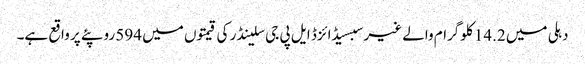
دہلی میں 14.2 کلوگرام والے غیر سبسیڈائزڈ ایل پی جی سلینڈر کی قیمتوں میں 594 روپئے پر واقع ہے۔